system: You are a helpful assistant.
user:
Analyze the provided spectrum to determine if it is a **Carbon Star (C-type)**.

- **Key Visual Indicators of Carbon Star:**
    - **(Primary):** Strong molecular absorption from **C₂ (diatomic carbon) "Swan Bands."** This is the **defining feature** of a carbon star.
        - **(Key Bandheads):** Sharp absorption edges are visible at approximately $5635$ Å, $5165$ Å (the strongest band), and $4737$ Å.
        - **(Line Profile):** Creates a distinct **"saw-tooth"** pattern. The key morphology is a sharp, steep bandhead on the **red (long-wavelength) side**, which then gradually tapers off (i.e., flux recovers) towards the **blue (short-wavelength) side**. *(This is the direct opposite of the TiO bands seen in M-type stars)*.

    - **(Secondary):** Intense **CN (cyanogen)** molecular absorption bands.
        - **(Key Bandheads):** Located in the blue and violet regions of the spectrum (e.g., near $4215$ Å and $3883$ Å).
        - **(Morphology):** These bands are extremely broad and act as a "blanket," absorbing the vast majority of blue and violet light. This creates a characteristic **"cliff"** or **"steep drop-off"** in the spectrum's flux at short wavelengths.

    - **(Key Confirmation):** Strong **CH absorption band (G-band)**.
        - **(Key Bandhead):** Located around $4300$ Å. The contribution from CH molecules to this band is exceptionally strong.

    - **(Overall Spectrum):**
        - The continuum is severely "chopped up" by these deep molecular bands, especially C₂, rather than appearing as a smooth curve.
        - Due to the heavy CN and C₂ absorption in the blue-green, the vast majority of the star's flux is concentrated in the red part of the spectrum, giving the star its characteristic deep red color.

Think first, call **spectral_visualization_tool** if needed to examine features in detail, then provide your final answer. Your response must adhere to the following strict rules:
1.  **Overall Structure:** Your response must follow the format `<think>...</think> <tool_call>...</tool_call> (if a tool is used) <answer>...</answer>`.
2.  **Tool Usage Constraint:** You may only make **one** tool call per turn.
3.  **Final Answer Format:** In the `<answer>` tag, your conclusion must be inside a `\boxed{}` command (e.g., `\boxed{YES}`), followed by your justification.

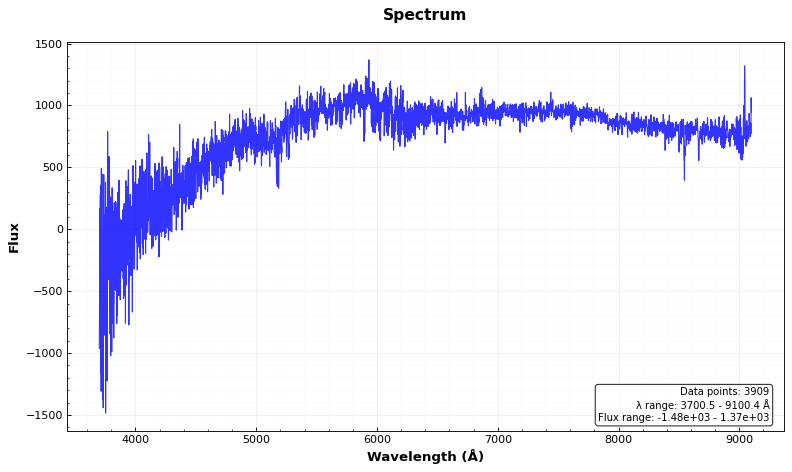
Answer: NO